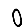
Digit: 0